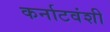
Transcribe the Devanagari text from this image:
कर्नाटवंशी